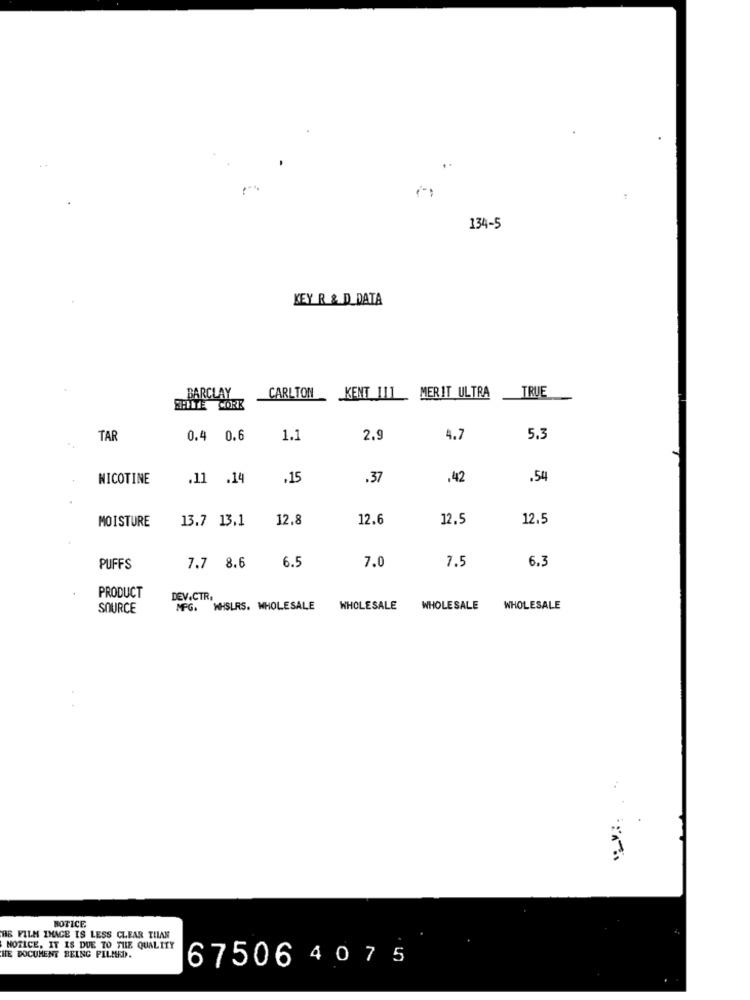
134-5
KEY R & D_DATA
BARCLAY
CARLTON
KENT 111
MERIT ULTRA
TRUE
SHITE CORE
TAR
0.4 0.6
1.1
2.9
4.7
5.3
NICOTINE
.11 .14
.15
.37
.42
.54
MOISTURE
13.7 13,1
12.8
12.6
12.5
12.5
7.
7.5
6.3
PUFFS
7.7 8.6
6.5
PRODUCT
DEV.CTR,
SOURCE
MFG. WHSLRS. WHOLESALE
WHOLESALE
WHOLESALE
WHOLESALE
NOTICE
HE FILM IMAGE IS LESS CLEAR THAN
NOTICE, IT IS DUE TO THE QUALITY
HE DOCUMENT BEING PILMED.
67506 407 5